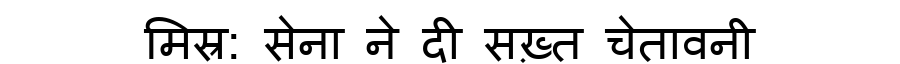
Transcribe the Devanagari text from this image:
मिस्र: सेना ने दी सख़्त चेतावनी